Assam Mental Hospital (Tezpur, India) - 1933-1948
Year: 1933
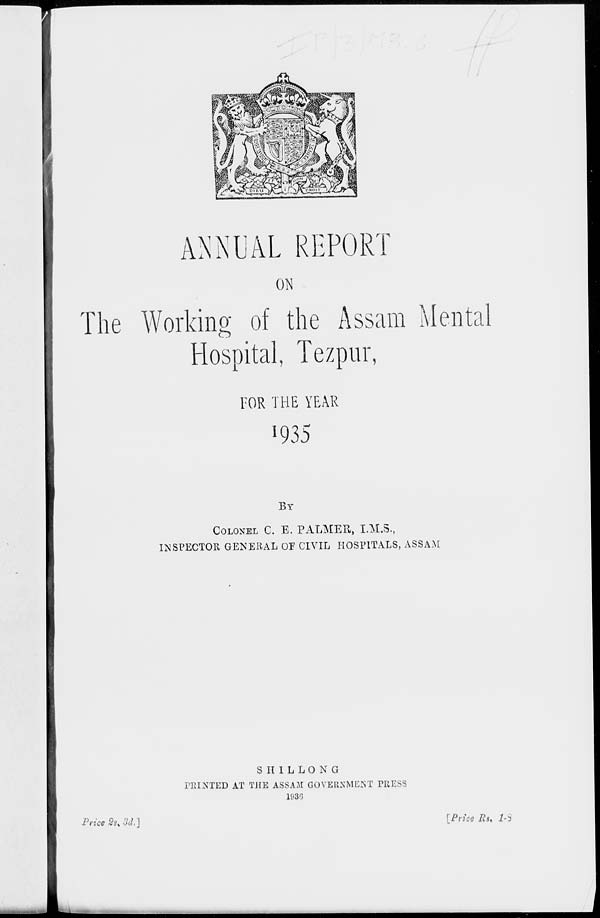
ANNUAL REPORT
ON
The Working of the Assam Mental
Hospital, Tezpur,
FOR THE YEAR
1935
BY
COLONEL C. E. PALMER, I.M.S.,
INSPECTOR GENERAL OF CIVIL HOSPITALS, ASSAM
SHILLONG
PRINTED AT THE ASSAM GOVERNMENT PRESS
1936
Price
2s.
3d.]
[Price Rs. 1-8